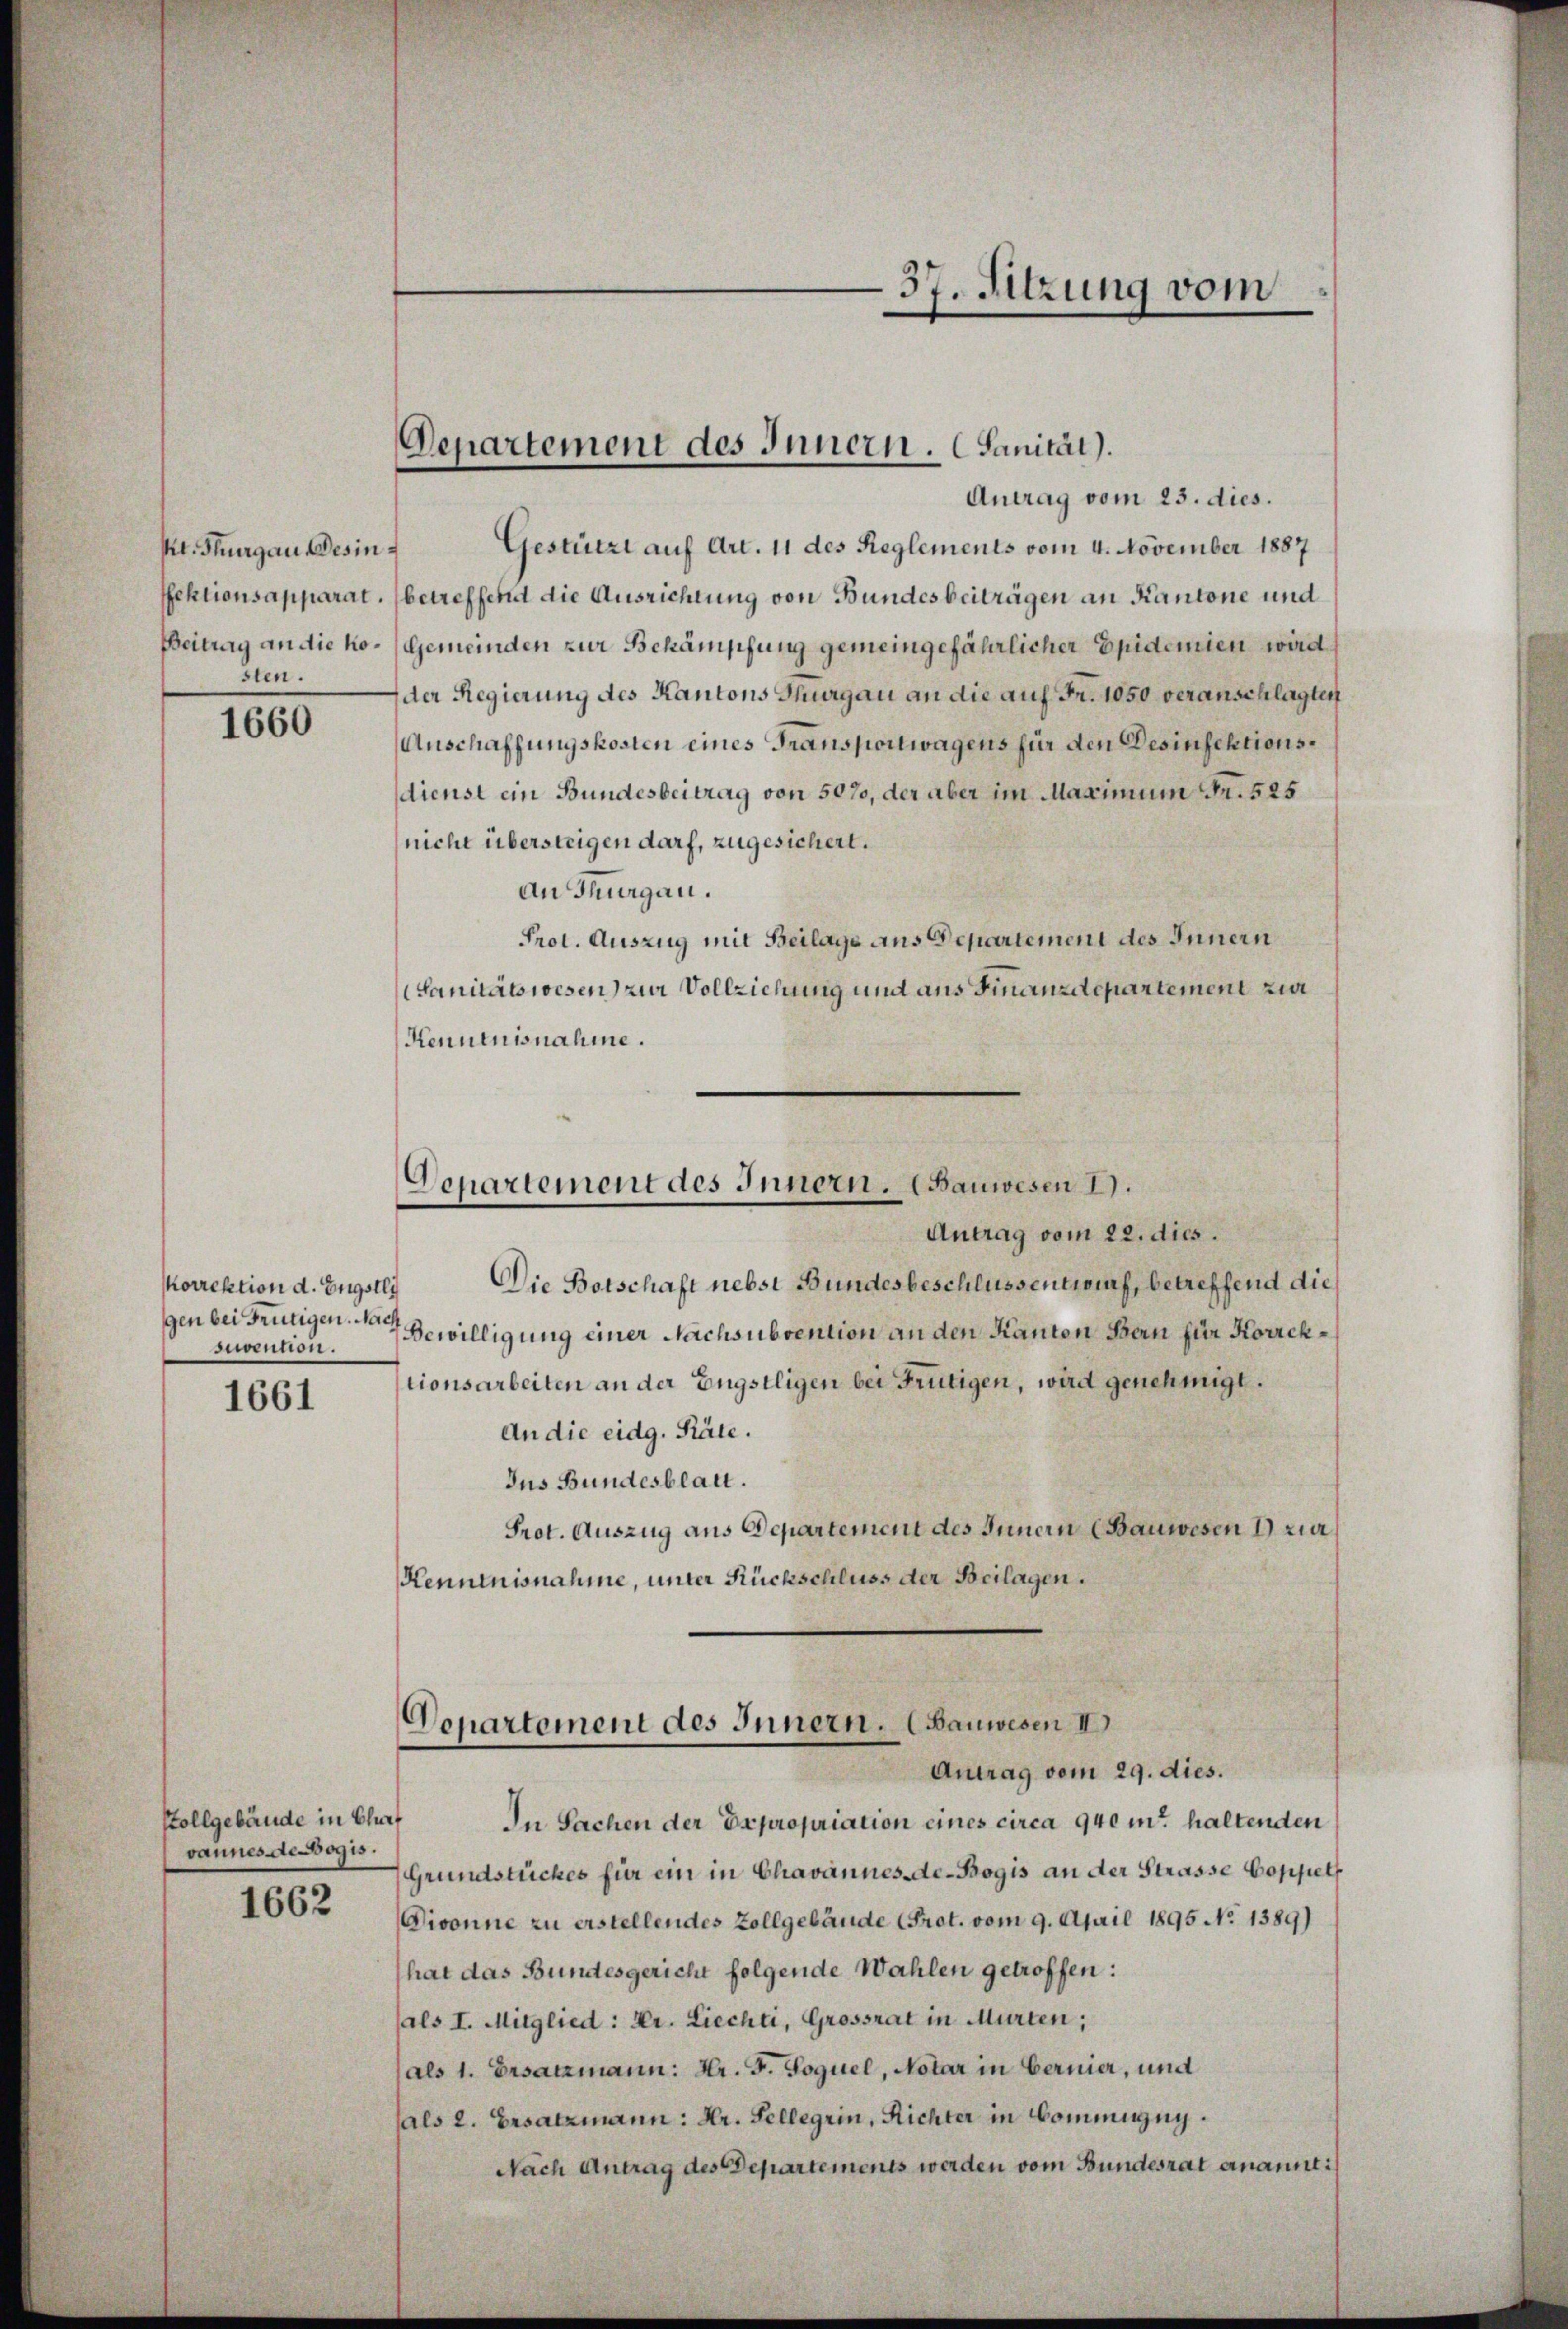
Kt. Thurgau des in
fektionsapparat.
Beitrag an die Kosten.

1660

korrektion d. Engstli
suvention.

1661

Stollgebäude in Churf
vannes de ogis.

1662

Departement des Innern. (Sanität).

37. Sitzung vom

Denartement des Innern. (Bauwesen 1.

Antrag vom 23. dies.
Gestützt auf Art. 11 des Reglements vom 4. November 1887
betreffend die Ausrichtung von Bundesbeiträgen an Kantone und
Gemeinden zur Bekämpfung gemeingefährlicher Epidemien wird
der Regierung des Kantons Thurgau an die auf Fr. 1050 veranschlagten
Anschaffungskosten eines Transportwagens für den Desinfektionsdienst ein Bundesbeitrag von 507, der aber im Maximum Fr. 525
nicht übersteigen darf, zugesichert.
an Thurgau.
Prot. Auszug mit Beilage aus Departement des Innern
Sanitätswesen) zur Vollziehung und aus Finanzdepartement zur
Kenntnisnahme.
Antrag vom 22. dies.
Die Botschaft nebst Bundesbeschlussentwurf, betreffend die
gen bei Frutigen Bewilligung einer Nachsubvention an den Kanton Bern für Korrektionsarbeiten an der Engstligen bei Frutigen, wird genehmigt.
An die eidg. Räte.
Ius Bundesblatt.
Prot. Auszug aus Departement des Innern (Bauwesen 1) zur
Kenntnisnahme, unter Rückschluss der Beilagen.
Donartement des Innern. (Bauwesen II
Antrag vom 29. dies.
In Sachen der Expropriation eines circa 940 in haltenden
Grundstückes für ein in Chavannes-de-Bogis an der Strasse Boppelt
Divonne zu erstellendes Zollgebäude (Prot. vom 9. April 1895 No 1389)
hat das Bundesgericht folgende Wahlen getroffen:
als I. Mitglied: Hr. Liechti, Grossrat in Murten;
(als 1. Ersatzmann: Hr. F. Poguel, Notar in bernier, und
hals 2. Ersatzmann: Hr. Kellegein, Richter in Kommung.
Nach Antrag des Departements werden vom Bundesrat ernannt: